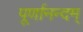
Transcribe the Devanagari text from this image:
पूर्णानन्दम्